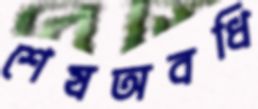
শেষঅবধি